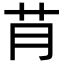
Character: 𮎟